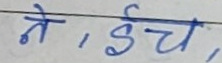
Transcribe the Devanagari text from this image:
ने, ईच,